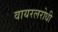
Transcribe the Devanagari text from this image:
वायरलरोधी